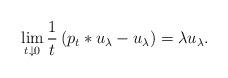
LaTeX: \begin{align*}\lim_{t\downarrow 0} \frac{1}{t}\left(p_t\ast u_\lambda -u_\lambda\right)=\lambda u_\lambda. \end{align*}